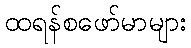
ထရန်စဖော်မာများ